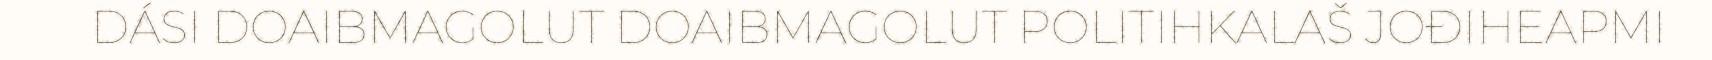
DÁSI DOAIBMAGOLUT DOAIBMAGOLUT POLITIHKALAŠ JOĐIHEAPMI